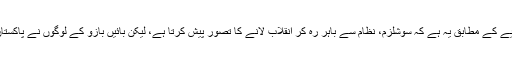
بائیں بازو کی ناکامی کی ایک وجہ بائیں بازو کے نظریے کے مطابق یہ ہے کہ سوشلزم، نظام سے باہر رہ کر انقلاب لانے کا تصور پیش کرتا ہے، لیکن بائیں بازو کے لوگوں نے پاکستان میں نظام کا حصہ بن کر انقلاب لانے کی کوشش کی۔